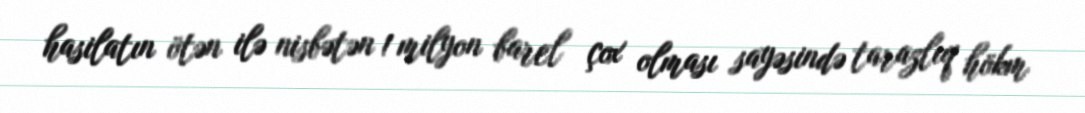
hasilatın ötən ilə nisbətən 1 milyon barel çox olması sayəsində tarazlıq hökm